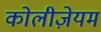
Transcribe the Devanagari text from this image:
कोलीज़ेयम